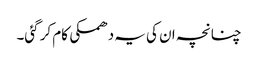
چنانچہ ان کی یہ دھمکی کام کر گئی۔